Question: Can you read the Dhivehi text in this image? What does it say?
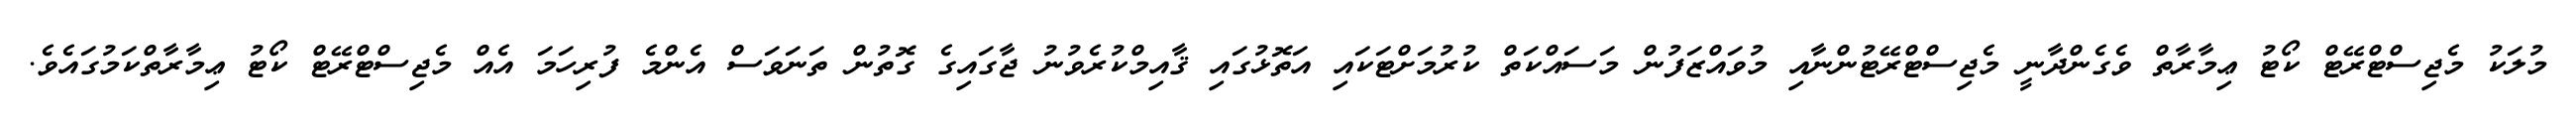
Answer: މުލަކު މެޖިސްޓްރޭޓް ކޯޓު ޢިމާރާތް ވެގެންދާނީ މެޖިސްޓްރޭޓުންނާއި މުވައްޒަފުން މަސައްކަތް ކުރުމަށްޓަކައި އަތޮޅުގައި ޤާއިމްކުރެވުނު ޖާގައިގެ ގޮތުން ތަނަވަސް އެންމެ ފުރިހަމަ އެއް މެޖިސްޓްރޭޓް ކޯޓު ޢިމާރާތްކަމުގައެވެ.